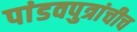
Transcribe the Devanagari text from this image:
पांडवपुत्रांचीच